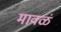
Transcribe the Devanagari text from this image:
मावळं